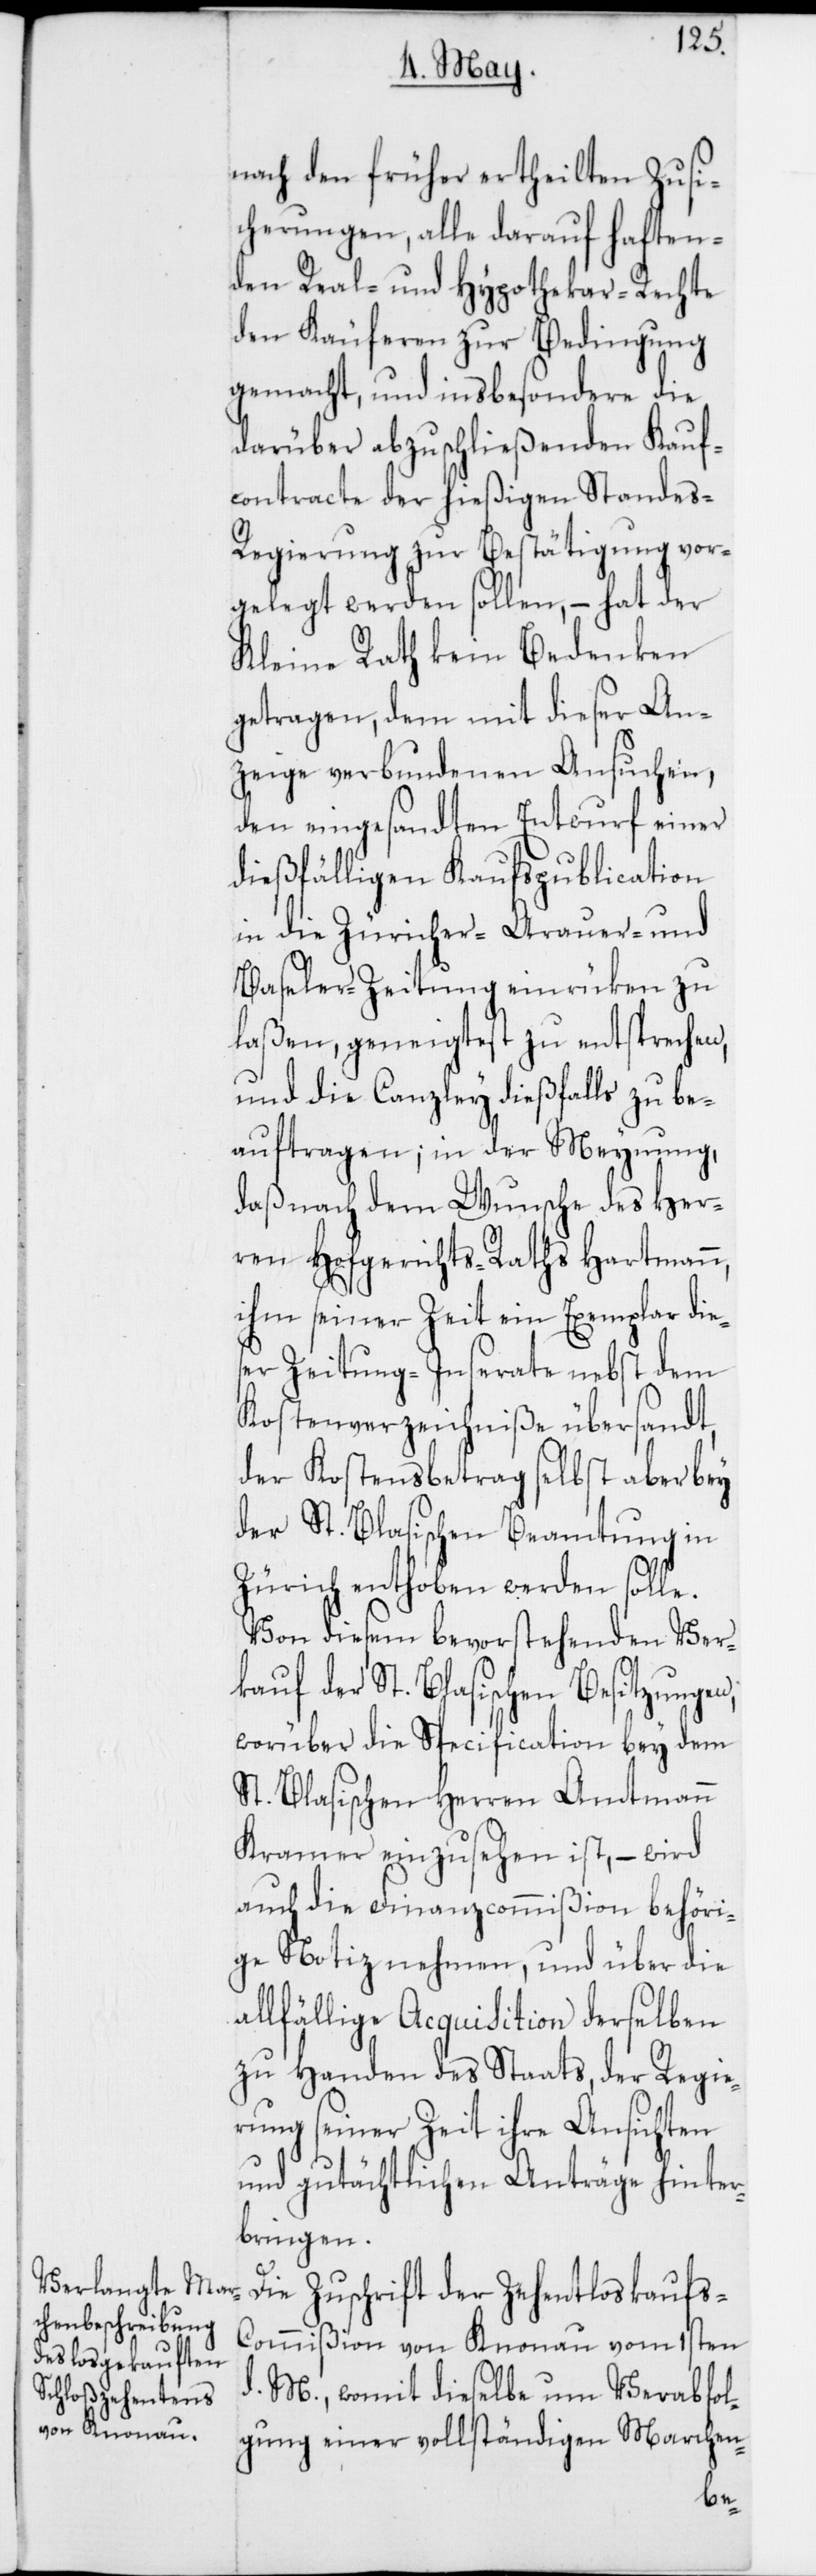
nach den früher ertheilten Zusi¬
cherungen, alle darauf haften¬
den Real- und Hypothekar-Rechte
den Käuferen zur Bedingung
gemacht, und insbesondere die
darüber abzuschließenden Kauf¬
contracte der hießigen Standes-R¬
egierung zur Bestätigung vor¬
gelegt werden sollen, – hat der
Kleine Rath kein Bedenken
getragen, dem mit dieser An¬
zeige verbundenen Ansuchen,
den eingesandten Entwurf einer
dießfälligen Kaufspublication
in die Züricher-[,] Argauer- und
Baseler-Zeitung einrüken zu
laßen, geneigtest zu entsprechen,
und die Canzley dießfalls zu be¬
auftragen; in der Meynung,
daß nach dem Wunsche des Her¬
ren Hofgerichts-Raths Hartmann,
ihm seiner Zeit ein Exemplar die¬
ser Zeitung-Inserate nebst dem
Kostenverzeichniße übersandt,
der Kostensbertrag selbst aber bey
der St. Blasischen Beamtung in
Zürich enthoben werden solle.
Von diesem bevorstehenden Ver¬
kauf der St. Blasischen Besitzungen,
worüber die Specification bey dem
St. Blasischen Herren Amtmann
Kramer einzusehen ist, – wird
auch die Finanzcommißion behöri¬
ge Notiz nehmen, und über die
allfählige Acquisition derselben
zu Handen des Staats, der Regie¬
rung seiner Zeit ihre Ansichten
und gutächtlichen Anträge hinter¬
bringen.
Die Zuschrift der Zehentloskaufs-C¬
ommißion von Knonau vom 1sten
d. M., womit dieselbe um Verabfol¬
gung einer vollständigen Marchen-